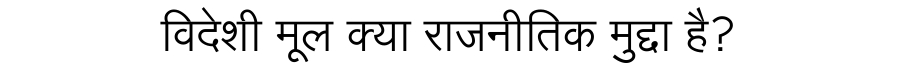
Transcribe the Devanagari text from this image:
विदेशी मूल क्या राजनीतिक मुद्दा है?